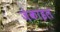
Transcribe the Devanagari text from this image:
जेकाइल